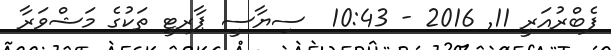
ފެބްރުއަރީ 11